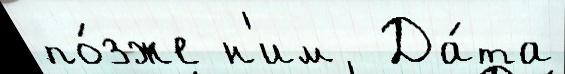
по́зже н'им  Да́та